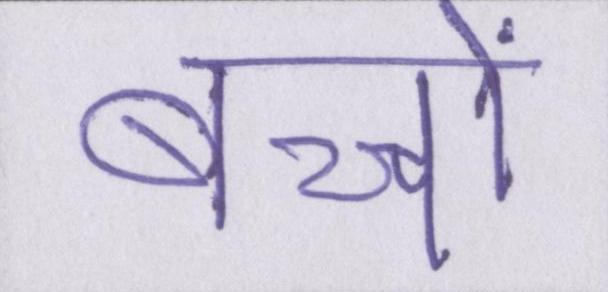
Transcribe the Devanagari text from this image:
बच्चों